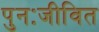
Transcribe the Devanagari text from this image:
पुनःजीवित